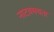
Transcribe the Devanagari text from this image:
नाटय़मयता